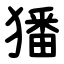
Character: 㺕